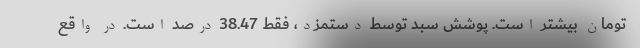
تومان بیشتر است. پوشش سبد توسط دستمزد، فقط 38.47 درصد است. در واقع